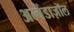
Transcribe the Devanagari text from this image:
अल्बेंडाज़ॉल